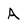
Character: a